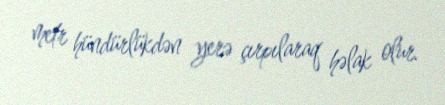
metr hündürlükdən yerə çırpılaraq həlak olur.